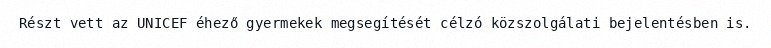
Részt vett az UNICEF éhező gyermekek megsegítését célzó közszolgálati bejelentésben is.